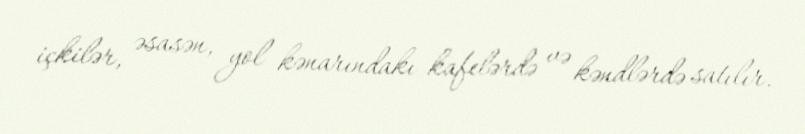
içkilər, əsasən, yol kənarındakı kafelərdə və kəndlərdə satılır.